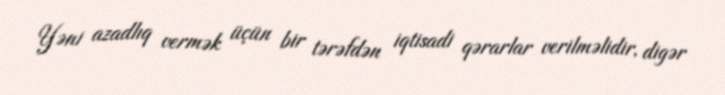
Yəni azadlıq vermək üçün bir tərəfdən iqtisadi qərarlar verilməlidir, digər